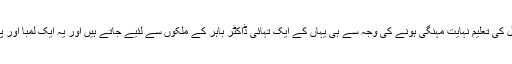
امریکہ میں میڈیکل کی تعلیم نہایت مہنگی ہونے کی وجہ سے ہی یہاں کے ایک تہائی ڈاکٹر باہر کے ملکوں سے لئیے جاتے ہیں اور یہ ایک لمبا اور پیچیدہ پروسس ہے۔